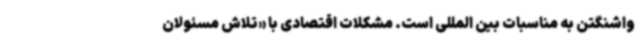
واشنگتن به مناسبات بین المللی است. مشکلات اقتصادی با «تلاش مسئولان